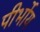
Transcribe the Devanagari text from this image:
पीर्भोय